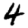
Digit: 4